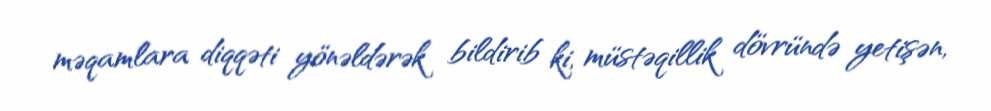
məqamlara diqqəti yönəldərək bildirib ki, müstəqillik dövründə yetişən,